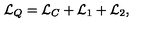
{ \cal L } _ { Q } = { \cal L } _ { C } + { \cal L } _ { 1 } + { \cal L } _ { 2 } ,